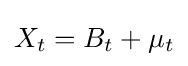
X_{t}=B_{t}+\mu _{t}